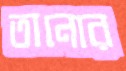
তানোর